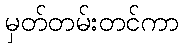
မှတ်တမ်းတင်ကာ